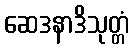
ဆေဒနာဒိသုတ္တံ